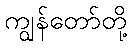
ကျွန်တော်တို့